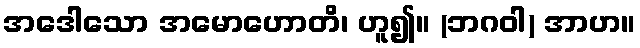
အဒေါသော အမောဟောတိ၊ ဟူ၍။ (ဘဂဝါ) အာဟ။